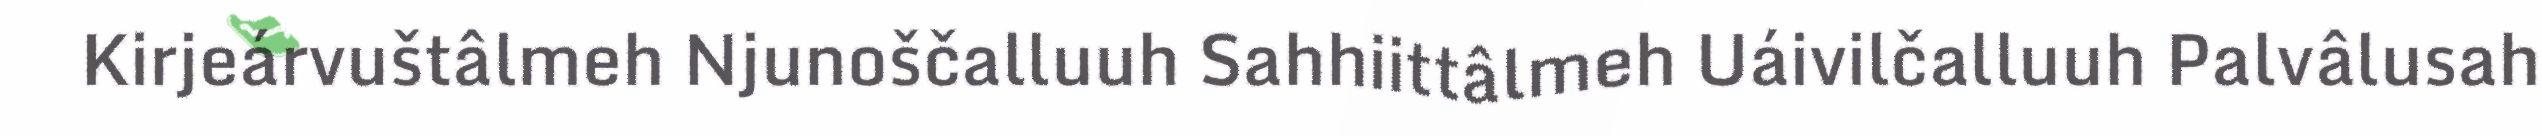
Kirjeárvuštâlmeh Njunoščalluuh Sahhiittâlmeh Uáivilčalluuh Palvâlusah